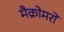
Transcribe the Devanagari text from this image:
मैक्रोमरों